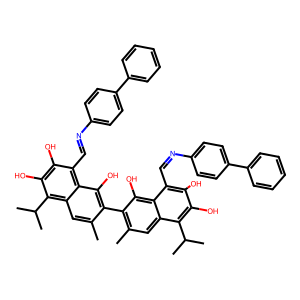
SMILES: Cc1cc2c(C(C)C)c(O)c(O)c(C=Nc3ccc(-c4ccccc4)cc3)c2c(O)c1-c1c(C)cc2c(C(C)C)c(O)c(O)c(C=Nc3ccc(-c4ccccc4)cc3)c2c1O
Inhibits HIV replication: No